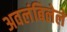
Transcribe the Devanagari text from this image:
अवलंबिलेले